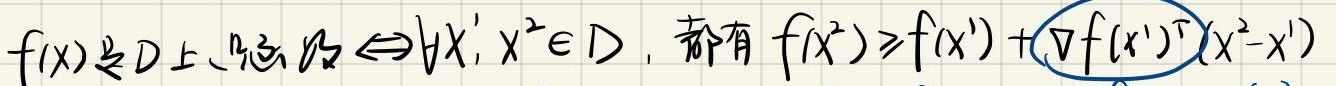
$f(x) \text{在} D \text{上凸} \Leftrightarrow \forall x^1, x^2 \in D, \text{都有} f(x^2) \geqslant f(x^1) + (\nabla f(x^1))^T(x^2 - x^1)$